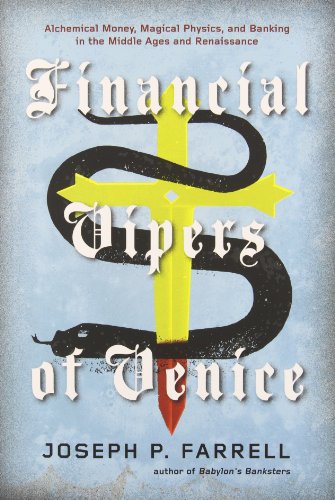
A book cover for Financial Vipers of Venice: Alchemical Money, Magical Physics, and Banking in the Middle Ages and Renaissance; Joseph P. Farrell; Religion & Spirituality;